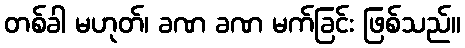
တစ်ခါ မဟုတ်၊ ခဏ ခဏ မက်ခြင်း ဖြစ်သည်။